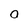
Character: 0